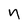
Character: n